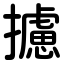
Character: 攄